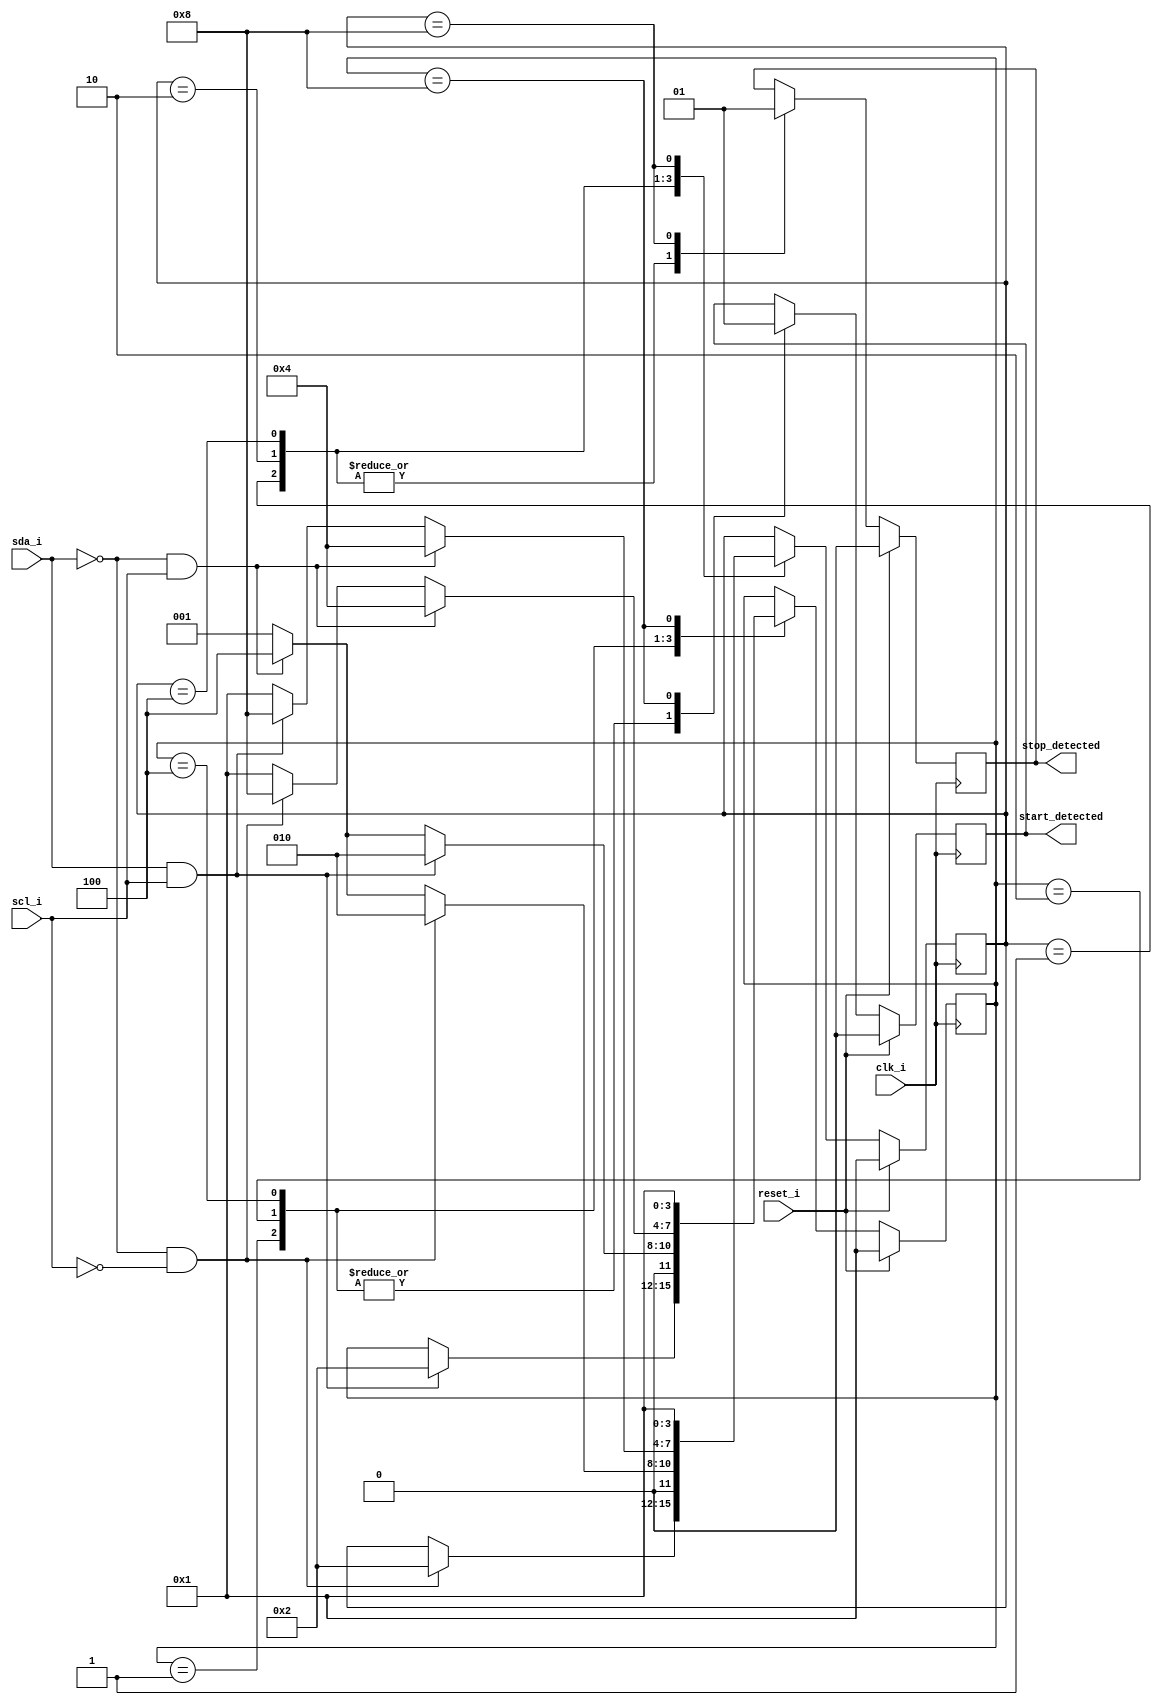
`timescale 1ns / 1ps
`default_nettype none
  
///////////////////////////////////////////////////////////////////////////////
// Copyright (C) 2012 Andreas Kingbck
//
// This program is free software: you can redistribute it and/or modify
// it under the terms of the GNU General Public License as published by
// the Free Software Foundation, either version 3 of the License, or
// (at your option) any later version.
//
// This program is distributed in the hope that it will be useful,
// but WITHOUT ANY WARRANTY; without even the implied warranty of
// MERCHANTABILITY or FITNESS FOR A PARTICULAR PURPOSE.  See the
// GNU General Public License for more details.
//
// You should have received a copy of the GNU General Public License
//along with this program.  If not, see <http://www.gnu.org/licenses/>.
///////////////////////////////////////////////////////////////////////////////
//

  module start_stop_detector
    (
     input wire clk_i,
     input wire reset_i,
     input wire sda_i,
     input wire scl_i,
     output reg start_detected,
     output reg stop_detected
     );
   
   // Local Parameters
   //--------------------------------------------
   parameter S1 = 4'b0001;
   parameter S2 = 4'b0010;
   parameter S3 = 4'b0100;
   parameter S4 = 4'b1000;  
   
   // Local Variables
   //--------------------------------------------
   reg [3:0]    state_start;
   reg [3:0]    state_stop;
   
   // Start Detection
   //--------------------------------------------
   always @(posedge clk_i) begin
      if (reset_i) begin
         state_start <= S1;
         start_detected <= 1'b0;
      end
      else begin
         case (state_start)
           S1: begin
              start_detected <= 1'b0;
              if (sda_i && scl_i) begin
                 state_start <= S2;
              end
           end

           S2: begin
              start_detected <= 1'b0;
              if (sda_i && scl_i) begin
                 state_start <= S2;
              end else
                if (~sda_i && scl_i) begin
                   state_start <= S3;
                end
                else begin
                   state_start <= S1;
                end
           end // case: S1
           
           S3: begin
              start_detected <= 1'b0;
              if (~sda_i && scl_i) begin
                 state_start <= S3;
              end
              else begin
                 if (~sda_i && ~scl_i) begin
                    state_start <= S4;
                 end
                 else begin
                    state_start <= S1;
                 end
              end // else: !if(~sda_i && scl_i)
           end // case: S3
           
           S4: begin
              start_detected <= 1'b1;
              state_start <= S1;
           end
         endcase // case (state_start)
      end // else: !if(reset_i)
   end // always @ (posedge clk)

   // Stop Detection
   //--------------------------------------------
   always @(posedge clk_i) begin
      if (reset_i) begin
         state_stop <= S1;
         stop_detected <= 1'b0;
      end
      else begin
         case (state_stop)
           S1: begin
              stop_detected <= 1'b0;
              if (~sda_i && ~scl_i) begin
                 state_stop <= S2;
              end
           end

           S2: begin
              stop_detected <= 1'b0;
              if (~sda_i && ~scl_i) begin
                 state_stop <= S2;
              end else
                if (~sda_i && scl_i) begin
                   state_stop <= S3;
                end
                else begin
                   state_stop <= S1;
                end
           end // case: S1
           
           S3: begin
              stop_detected <= 1'b0;
              if (~sda_i && scl_i) begin
                 state_stop <= S3;
              end
              else begin
                 if (sda_i && scl_i) begin
                    state_stop <= S4;
                 end
                 else begin
                    state_stop <= S1;
                 end
              end // else: !if(~sda_i && scl_i)
           end // case: S3
           
           S4: begin
              stop_detected <= 1'b1;
              state_stop <= S1;
           end
         endcase // case (state_stop)
      end // else: !if(reset_i)
   end // always @ (posedge clk)


endmodule